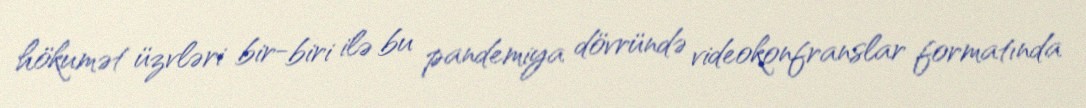
hökumət üzvləri bir-biri ilə bu pandemiya dövründə videokonfranslar formatında